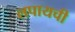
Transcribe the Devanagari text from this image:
लपायची